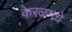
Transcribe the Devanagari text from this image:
केरळमधे